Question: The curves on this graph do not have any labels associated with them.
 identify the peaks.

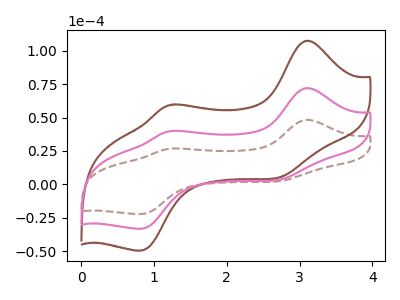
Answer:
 <answer>The brown dashed curve "brown dashed" has anodic peaks at (3.10V, 48.30uA) (1.25V, 26.85uA) and cathodic peaks at (2.75V, 2.75uA) (0.80V, -22.25uA). The brown curve "brown" has anodic peaks at (3.10V, 144.25uA) (1.25V, 80.10uA) and cathodic peaks at (2.75V, 8.15uA) (0.80V, -66.45uA). The pink curve "pink" has anodic peaks at (3.10V, 72.15uA) (1.25V, 40.05uA) and cathodic peaks at (2.75V, 4.10uA) (0.80V, -33.20uA).</answer>
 <eval></eval>